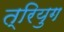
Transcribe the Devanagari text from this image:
त्रियुग